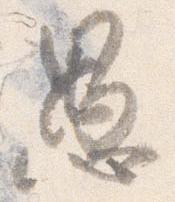
愚